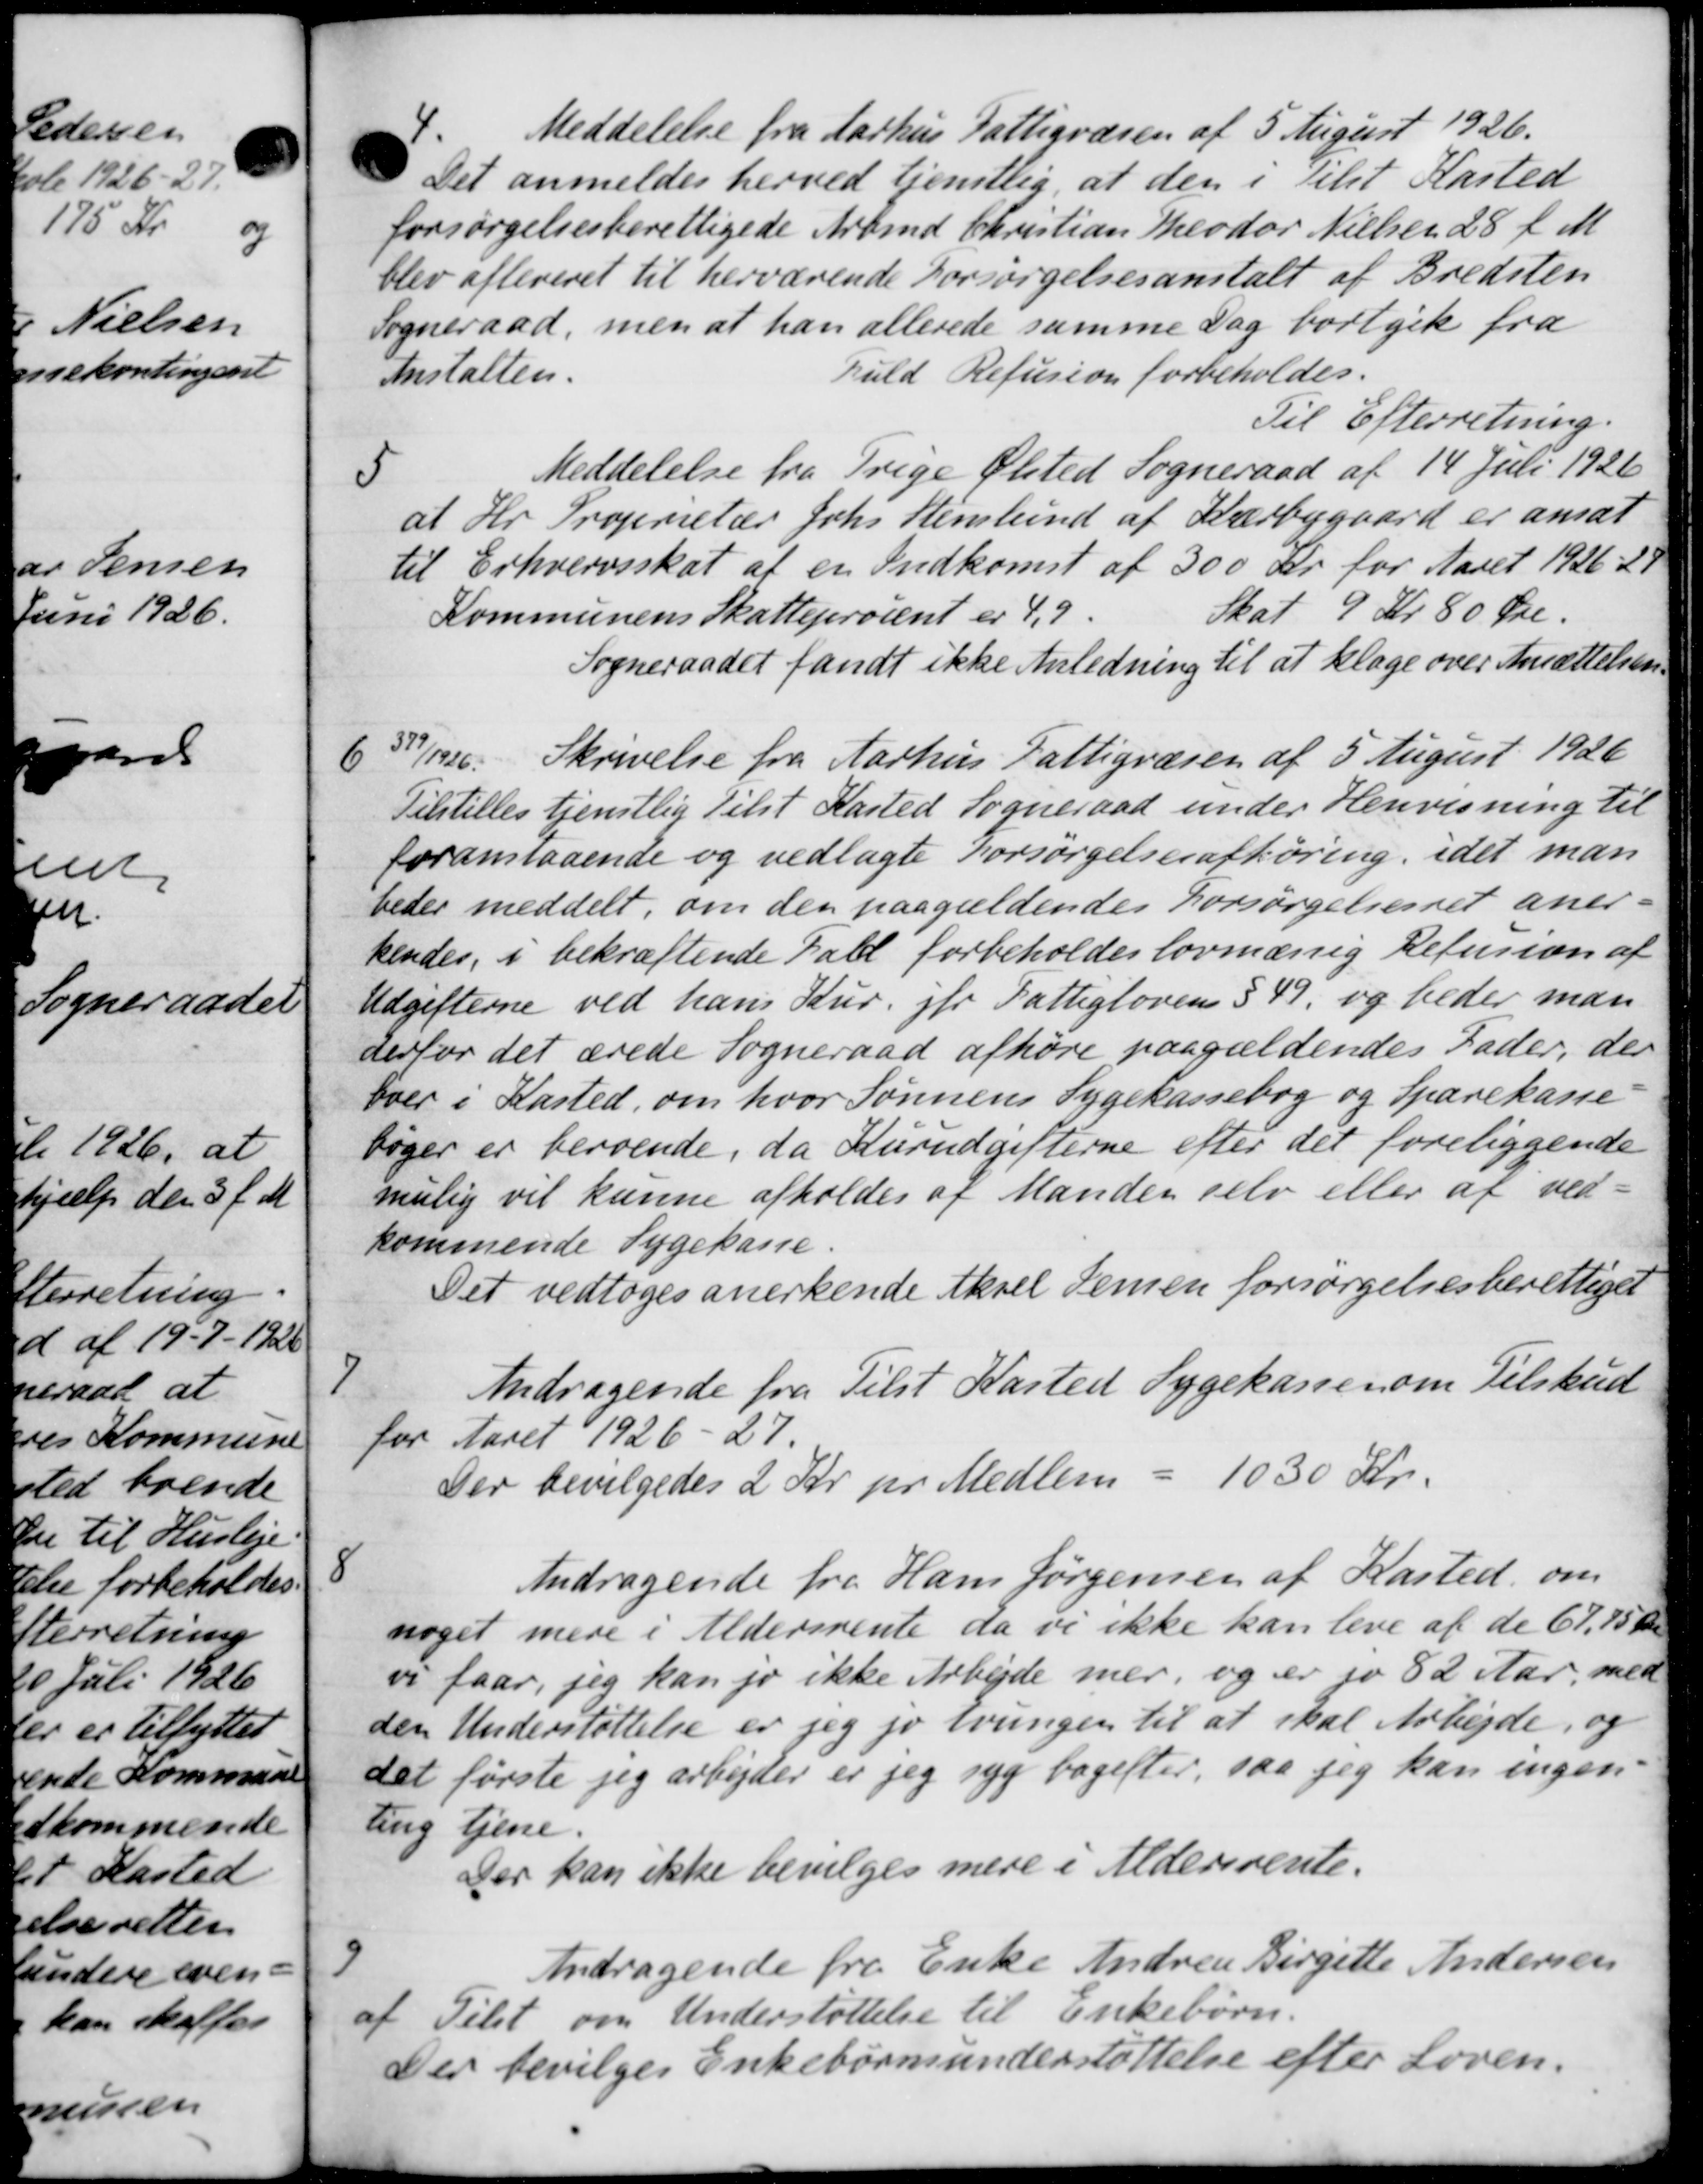
Transskription:
4
Meddelelse fra Aarhus Fattigvæsen af 5 August 1926.
Det anmeldes herved tjenstlig, at den i tilst Kasted
forsørgelsesberettigede Arbmd. Christian Theodor Nielsen 28 f. M
blev afleveret til herværende Forsørgelsesanstalt af Bredsten
Sogneraad, men at han allerede samme Dag bortgik fra
Anstalten.
fuld Refusion forbeholdes.
Til Efterretning.
5
Meddelelse fra Trige Ølsted Sogneraad af 14 Juli 1926
at Hr. Proprietær Johs Stenlund af Kærbygaard er ansat
til Erhvervsskat af en Indkomst af 300 Kr for Aaret 1926-28
Kommunens Skatteprocent er 4,9.
Skat 9 Kr 80 Øre.
Sogneraadet fandt ikke Anledning til at klage over Ansættelsen.
6
637/1926. Skrivelse fra Aarhus Fattigvæsen af 5 August 1926
Tilstilles tjenstlig Tilst Kasted Sogneraad under Henvisning til
foranstaaende og vedlagte Forsørgelsesafhøring, idet man
beder meddelt, om den paagældendes Forsørgelsesret aner-
kendes, i bekræftende Fald forbeholdes lovmæssig Refusion af
Udgifterne ved hans Kur jfr Fattiglovens § 49, og beder man
derfor det ærede Sogneraad afhøre paagældendes Fader, der
boer i Kasted, om hvor Sønnens Sygekassebog og Sparekasse-
bøger er beroende, da Hurudgifterne efter det foreliggende
mulig vil kunne afholdes af Manden selv eller af ved-
kommende Sygekasse.
Det vedtoges anerkende Aksel Jensen forsørgelsesberettiget
7
Andragende fra Tilst Kasted Sygekassen om Tilskud
for Aaret 1926-27.
Der bevilgedes 2 Kr pr Medlem = 1030 Kr.
8
Andragende fra Hans Jørgensen af Kasted, om
noget mere i Aldersrente da vi ikke kan leve af de 67,75 Kr
og faar, jeg kan jo ikke Arbejde mer, og er jo 82 Aar, med
den Understøttelse er jeg jo tvungen til at skal Arbejde, og
det første jeg arbejder er jeg syg bagefter, saa jeg kan ingen
ting tjene.
Der kan ikke bevilges mere i Aldersrente.
9
Andragende fra Enke Andrea Birgette Andersen
af Tilst om Understøttelse til Enkebørn.
Der bevilges Enkebørnsunderstøttelse efter Loven.